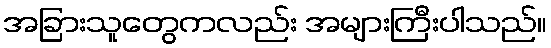
အခြားသူတွေကလည်း အများကြီးပါသည်။